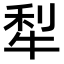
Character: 犁